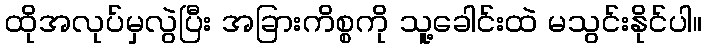
ထိုအလုပ်မှလွဲပြီး အခြားကိစ္စကို သူ့ခေါင်းထဲ မသွင်းနိုင်ပါ။